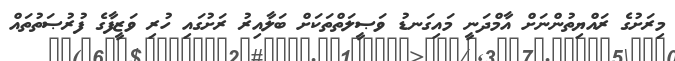
މިރަށުގެ ރައްޔިތުންނަށް އާމްދަނީ މައިގަނޑު ވަޞީލަތްތަކަށް ބަލާއިރު ރަށުގައި ހުރި ވަޒީފާގެ ފުރުޞަތުތައް